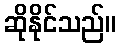
ဆိုနိုင်သည်။